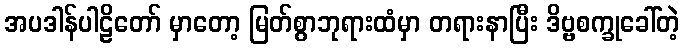
အပဒါန်ပါဠိတော် မှာတော့ မြတ်စွာဘုရားထံမှာ တရားနာပြီး ဒိဗ္ဗစက္ခုခေါ်တဲ့